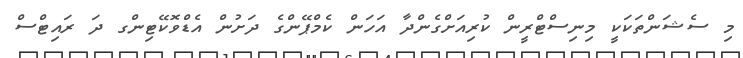
މި ސެޝަންތަކަކީ މިނިސްޓްރީން ކުރިއަށްގެންދާ އަހަން ކެމްޕޭންގެ ދަށުން އެޑްވޮކޭޓިންގ ދަ ރައިޓްސް